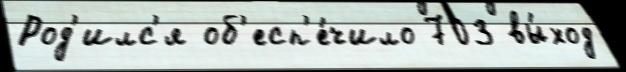
Род'илс'я об'есп'е́чило 703 вы́ход